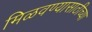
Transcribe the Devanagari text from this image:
मिळवण्यासाठीच्या